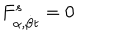
F _ { \alpha , { \dot { \beta } } t } ^ { s } = 0